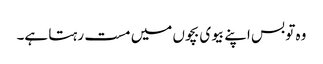
وہ تو بس اپنے بیوی بچوں میں مست رہتا ہے۔